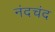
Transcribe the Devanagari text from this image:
नंदचंद